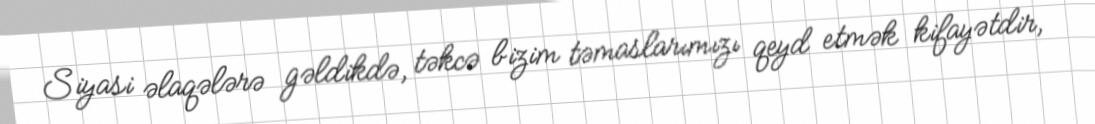
Siyasi əlaqələrə gəldikdə, təkcə bizim təmaslarımızı qeyd etmək kifayətdir,